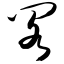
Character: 阁